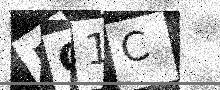
Text: JQ1C